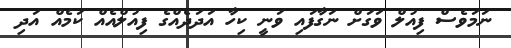
ނަމަވެސް ފިއުލް ވަގަށް ނަގާފައި ވަނީ ކިހާ އަދަދެއްގެ ފިއުލްއެއް ކަމެއް އަދި